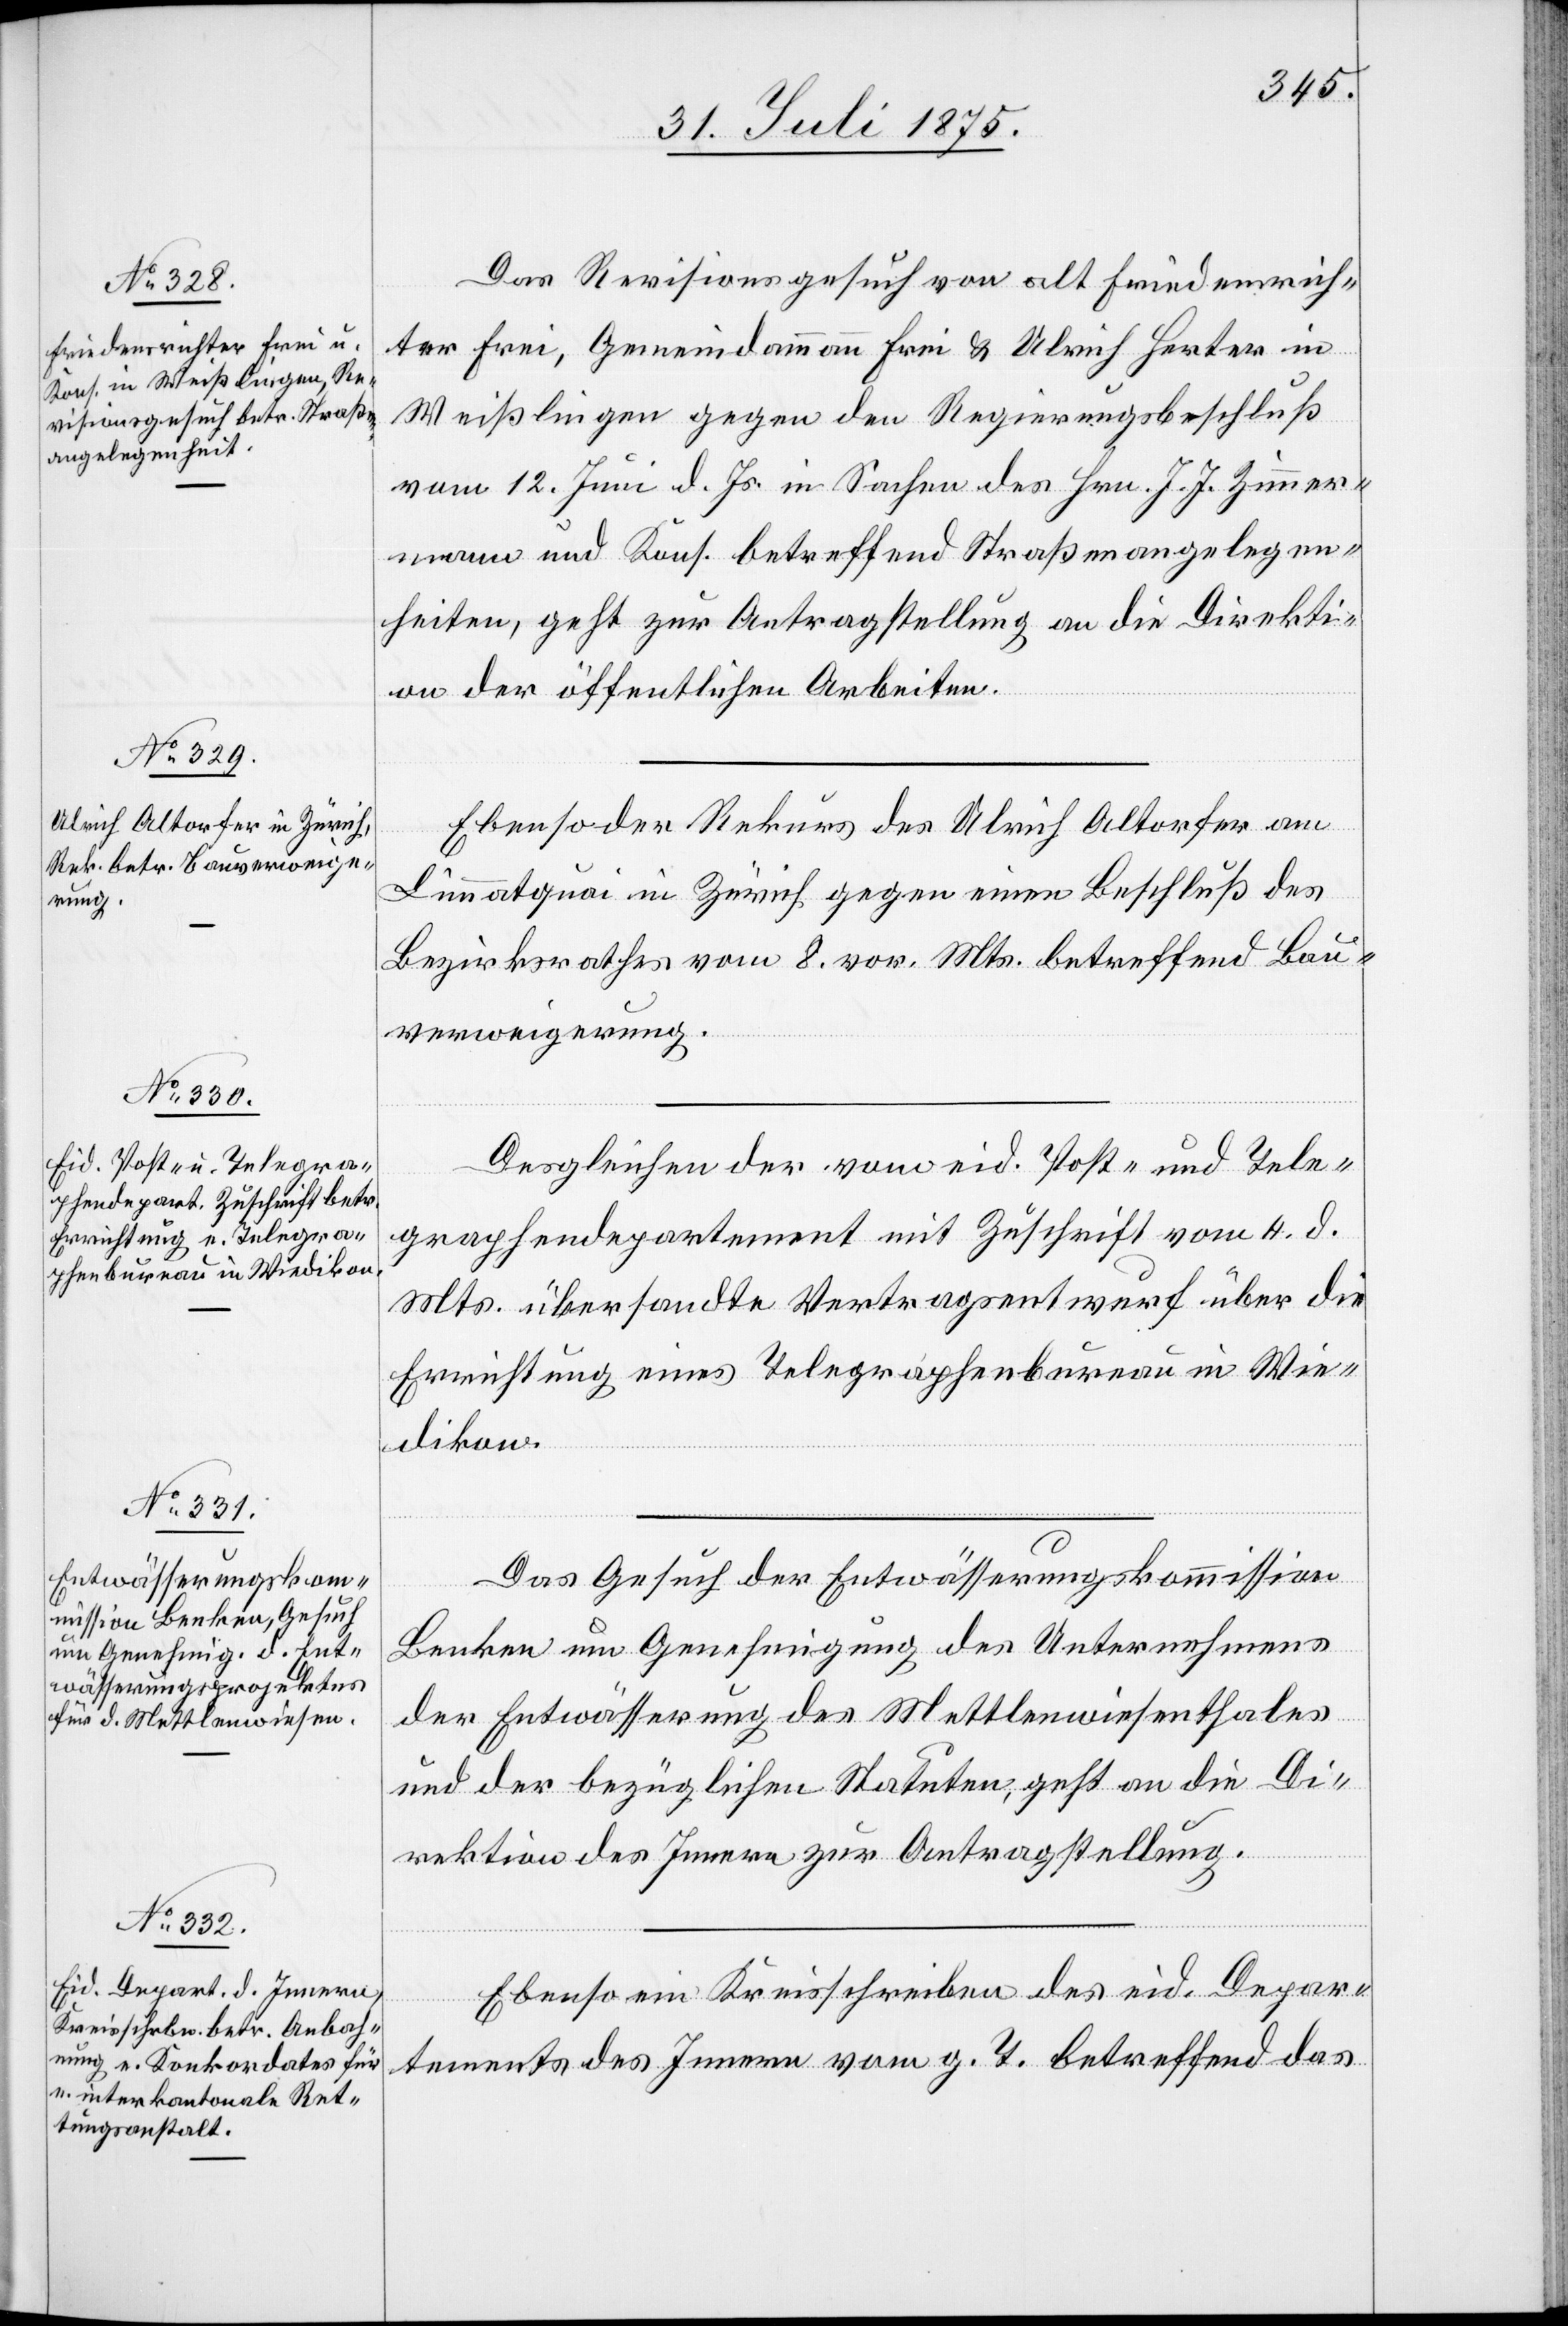
Das Revisionsgesuch von alt Friedensrich¬
ter Frei, Gemeindammann Frei & Ulrich Herter in
Weißlingen gegen den Regierungsbeschluß
vom 12. Juni d. Js. in Sachen des Hrn. J. J. Zimmer¬
mann und Kons. betreffend Straßenangelegen¬
heiten, geht zur Antragsstellung an die Direkti¬
on der öffentlichen Arbeiten.
Ebenso der Rekurs des Ulrich Altorfer am
Limmatquai in Zürich gegen einen Beschluß des
Bezirksrathes vom 8. vor. Mts. betreffend Bau¬
verweigerung.
Desgleichen der vom eid. Post- und Tele¬
graphendepartement mit Zuschrift vom 4. d.
Mts. übersandte Vertragsentwurf über die
Errichtung eines Telegraphenbureau in Wie¬
dikon.
Das Gesuch der Entwässerungskommission
Benken um Genehmigung des Unternehmens
der Entwässerung des Mettlenwiesenthales
und der bezüglichen Statuten, geht an die Di¬
rektion des Innern zur Antragstellung.
Ebenso ein Kreisschreiben der eid. Depar¬
tments des Innern vom g. T. betreffend das